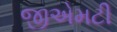
જીએમટી